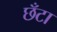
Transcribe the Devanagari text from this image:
छँटा